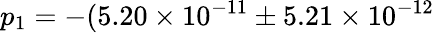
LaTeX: p_{1}=-(5.20\times 10^{-11}\pm 5.21\times 10^{-12}